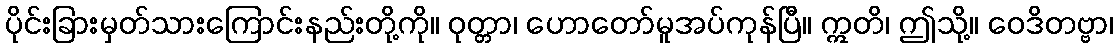
ပိုင်းခြားမှတ်သားကြောင်းနည်းတို့ကို။ ဝုတ္တာ၊ ဟောတော်မူအပ်ကုန်ပြီ။ ဣတိ၊ ဤသို့။ ဝေဒိတဗ္ဗာ၊